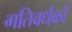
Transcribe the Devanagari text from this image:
गतिवर्धकों